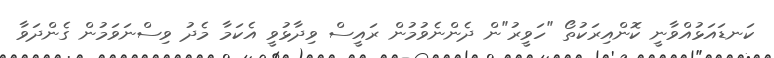
ކަނޑައަޅުއްވާނީ ކޮންއިރަކުތޯ "ހަވީރު"ން ދެންނެވުމުން ރައީސް ވިދާޅުވީ އެކަމާ މެދު ވިސްނަވަމުން ގެންދަވާ